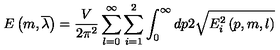
E \left( m , \overline { { \lambda } } \right) = \frac V { 2 \pi ^ { 2 } } \sum _ { l = 0 } ^ { \infty } \sum _ { i = 1 } ^ { 2 } \int _ { 0 } ^ { \infty } d p 2 \sqrt { E _ { i } ^ { 2 } \left( p , m , l \right) }